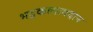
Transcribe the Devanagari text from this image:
भद्रकल्पावदान